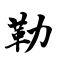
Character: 勒